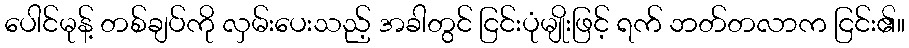
ပေါင်မုန့် တစ်ချပ်ကို လှမ်းပေးသည့် အခါတွင် ငြင်းပုံမျိုးဖြင့် ရက် ဘတ်တလာက ငြင်း၏။